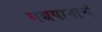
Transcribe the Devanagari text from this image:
मद्यपानाचं